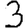
Digit: 3